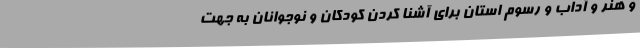
و هنر و آداب و رسوم استان برای آشنا کردن کودکان و نوجوانان به جهت